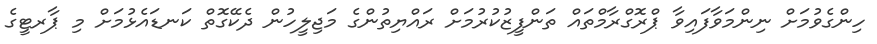
ހިންގެވުމަށް ނިންމަވާފައިވާ ޕްރޮގްރާމްތައް ތަންފީޒުކުރުމަށް ރައްޔިތުންގެ މަޖިލީހުން ދެކޭގޮތް ކަނޑައެޅުމަށް މި ޕާރޓީގެ